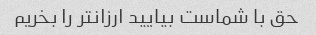
حق با شماست بیایید ارزانتر را بخریم